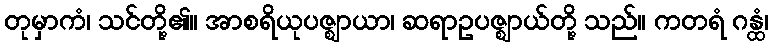
တုမှာကံ၊ သင်တို့၏။ အာစရိယုပဇ္ဈာယာ၊ ဆရာဥပဇ္ဈာယ်တို့ သည်။ ကတရံ ဂန္ထံ၊